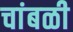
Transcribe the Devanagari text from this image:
चांबळी